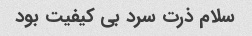
سلام ذرت سرد بی کیفیت بود